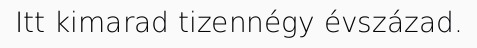
Itt kimarad tizennégy évszázad.